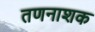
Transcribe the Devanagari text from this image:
तणनाशक